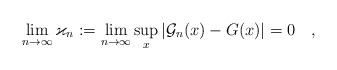
LaTeX: \begin{align*} \lim_{n\to\infty}\varkappa_n := \lim_{n \to \infty}\sup_x|\mathcal G_n(x)-G(x)|=0\quad,\end{align*}